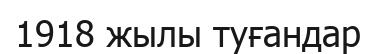
1918 жылы туғандар